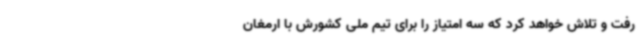
رفت و تلاش خواهد کرد که سه امتیاز را برای تیم ملی کشورش با ارمغان